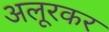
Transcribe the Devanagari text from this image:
अलूरकर